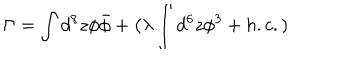
\Gamma = \int d ^ { 8 } z \phi \bar { \phi } + \big ( \lambda \int d ^ { 6 } z { \phi } ^ { 3 } + h . c . )